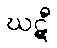
ဃဋီ